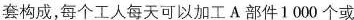
套构成，每个工人每天可以加工A部件1000个或